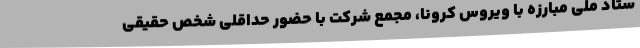
ستاد ملی مبارزه با ویروس کرونا، مجمع شرکت با حضور حداقلی شخص حقیقی